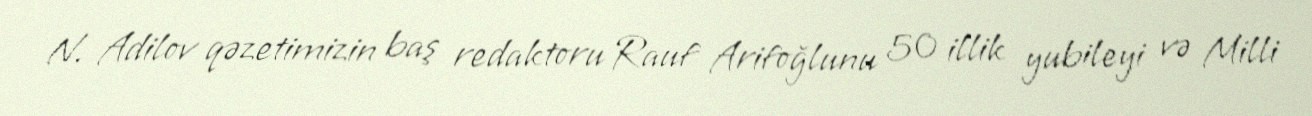
N. Adilov qəzetimizin baş redaktoru Rauf Arifoğlunu 50 illik yubileyi və Milli